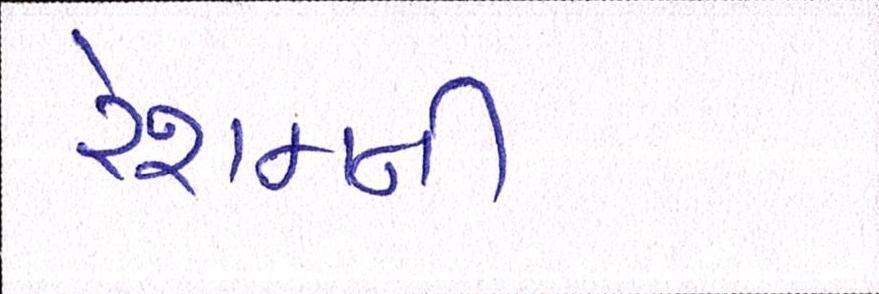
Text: રેશમની